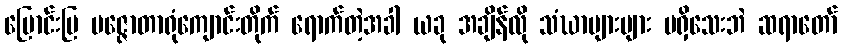
မြောင်းမြ ပဇ္ဇောတာရုံကျောင်းတိုက် ရောက်တဲ့အခါ ယခု အချိန်လို သံဃာများများ မရှိသေးဘဲ ဆရာတော်